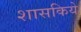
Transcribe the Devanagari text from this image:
शासकिये